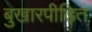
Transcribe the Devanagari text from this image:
बुखारपीड़ित